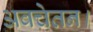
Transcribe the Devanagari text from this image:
अवचेतन।